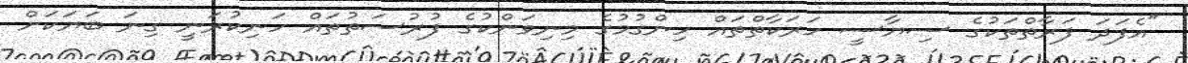
"އެފަދަ ފަރާތްތަކުގެ ސިޔާސީ ހަރަކާތްތައް ހިންގުމުގެ މިނިވަންކުގެ ފުރުސަތުތައް ހަނިކުރަނީ ގިނަ ބަޔަކަށް